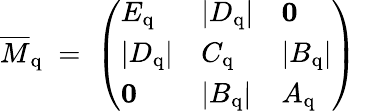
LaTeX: \overline{{{M}}}_{\mathrm{q}}\; =\; \left(\begin{array}{lll}{{E_{\mathrm{q}}}}&{{|D_{\mathrm{q}}|}}&{{{\mathbf 0}}}\\ {{|D_{\mathrm{q}}|}}&{{C_{\mathrm{q}}}}&{{|B_{\mathrm{q}}|}}\\ {{{\mathbf 0}}}&{{|B_{\mathrm{q}}|}}&{{A_{\mathrm{q}}}}\end{array}\right)\;